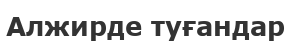
Алжирде туғандар